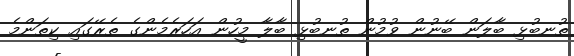
ތުނބުޅި ބާލަން ބޭނުން ވުމުން ތުނބުޅި ބާލާ މީހުން އަހަރެމެންގެ ތެރޭގައި ކިތަންމެ